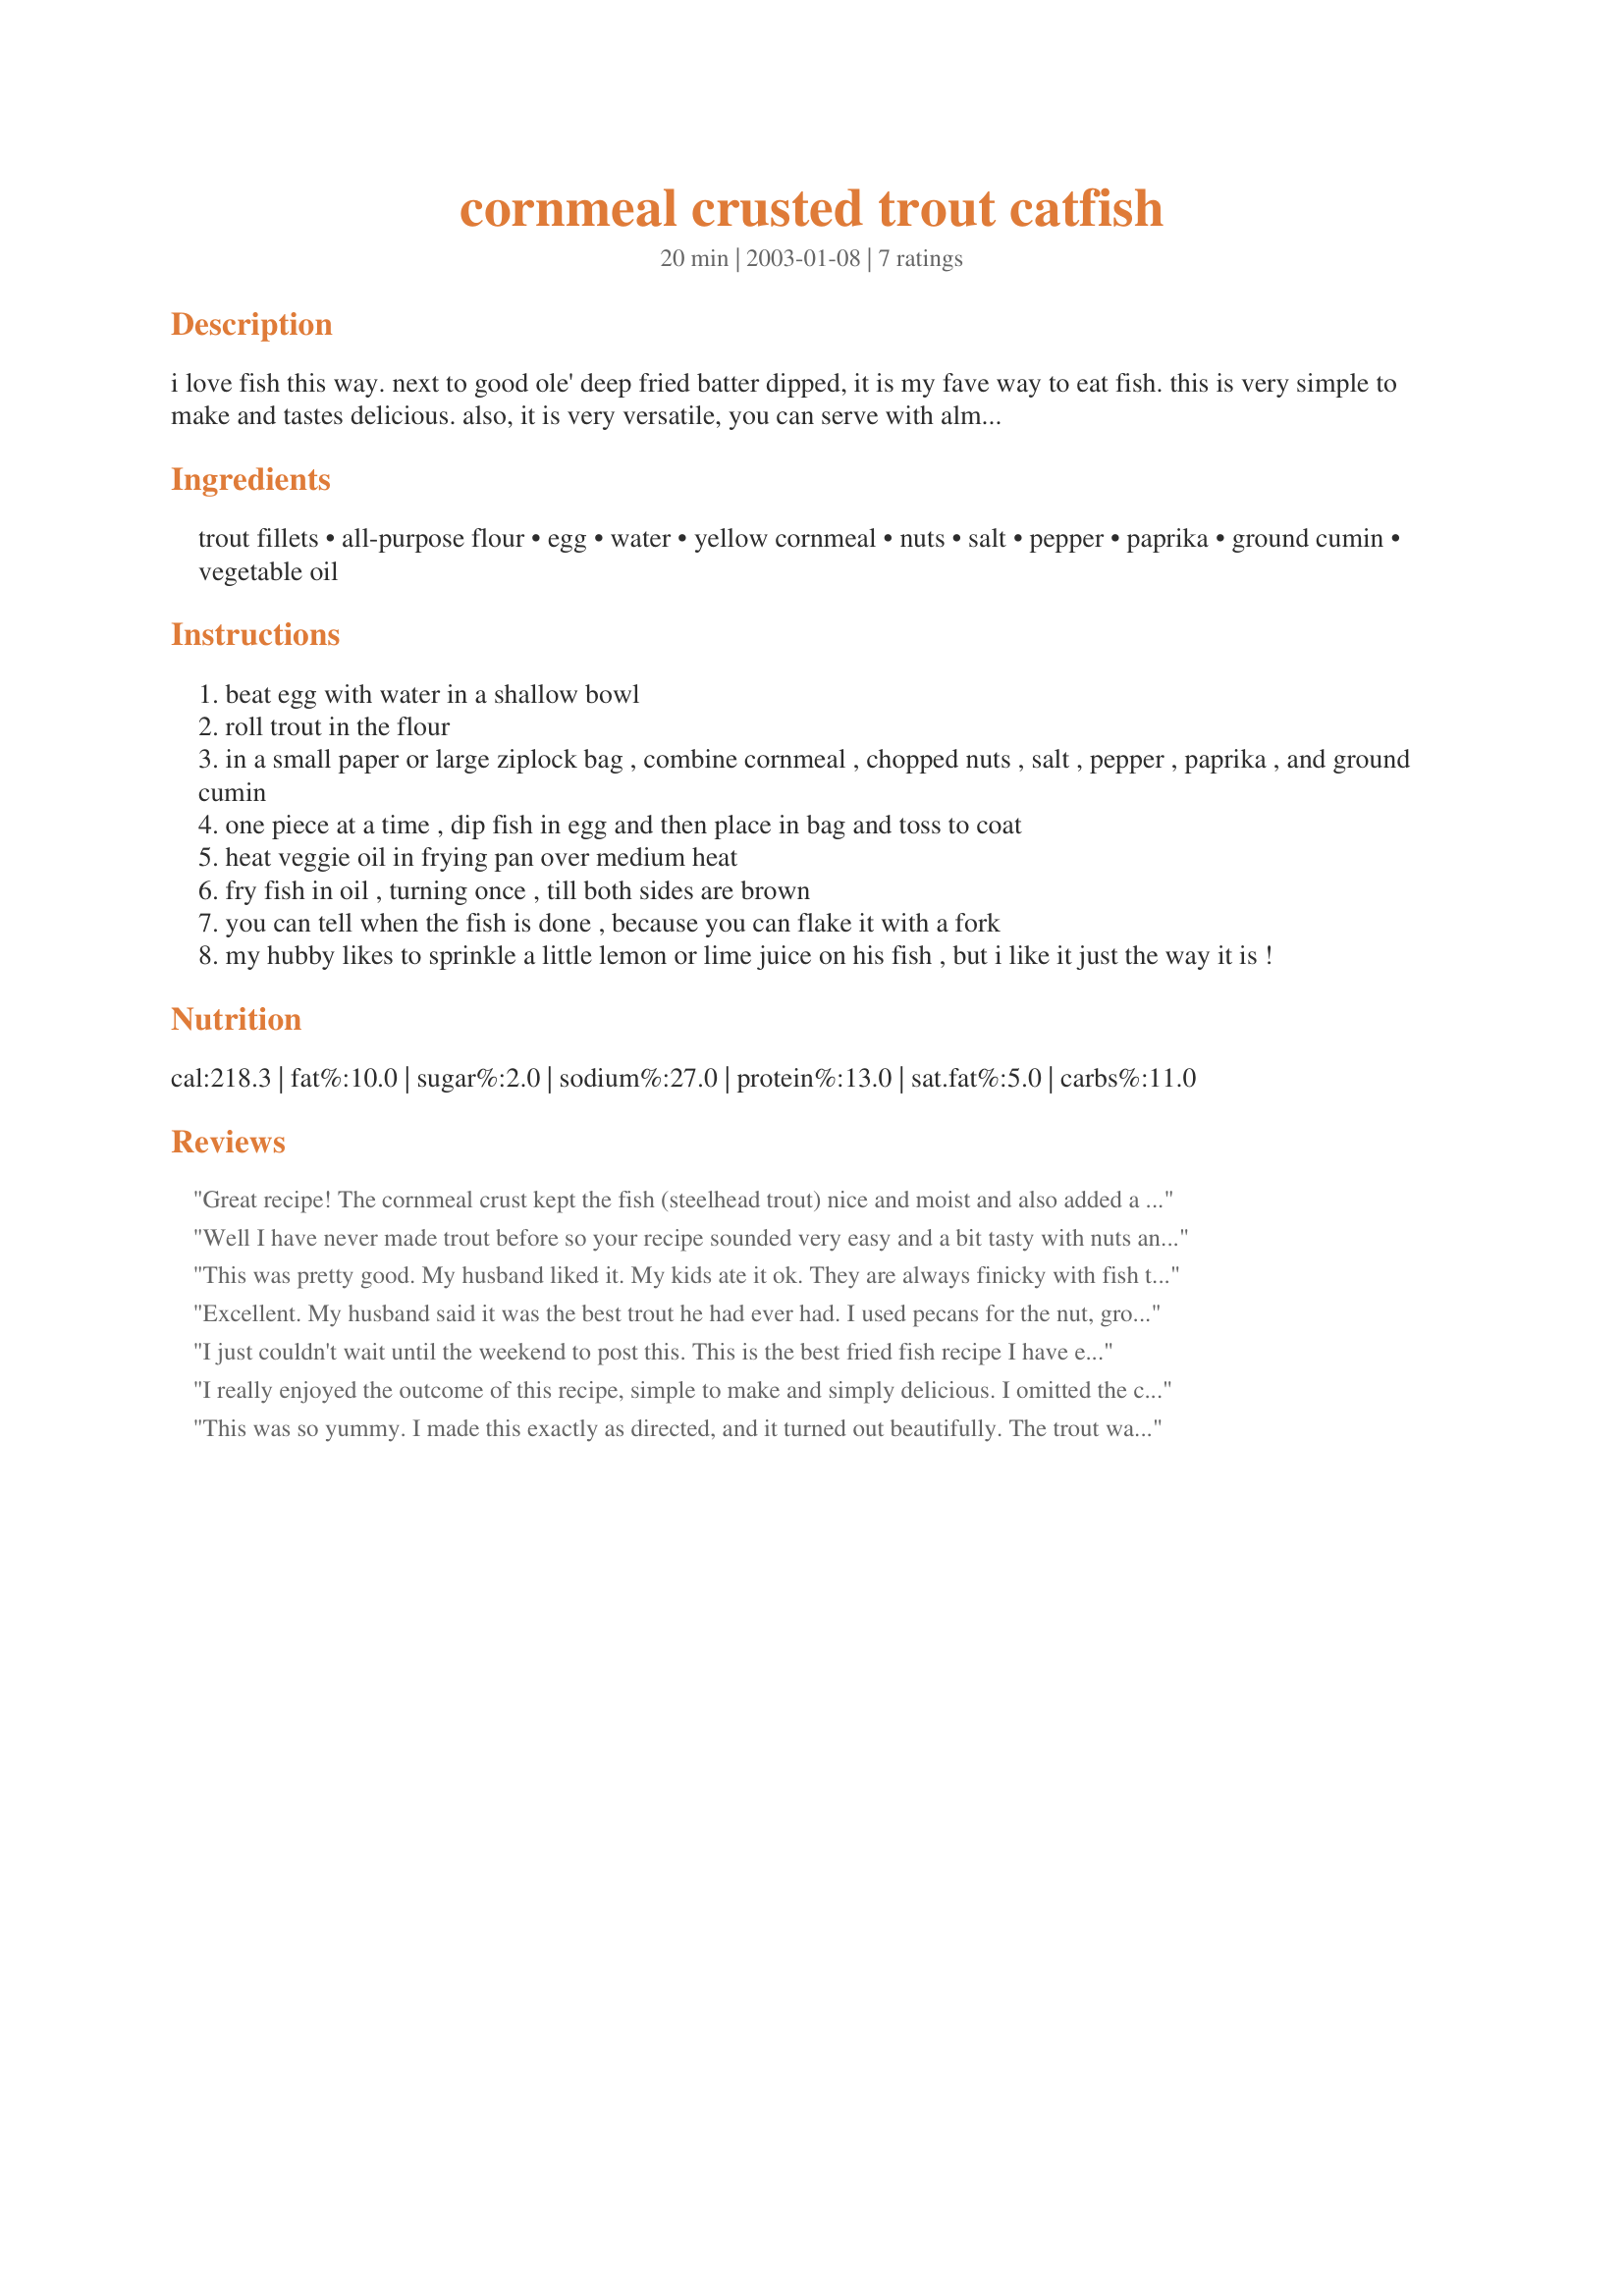
cornmeal crusted trout catfish
Preparation time: 20 minutes

i love fish this way. next to good ole' deep fried batter dipped, it is my fave way to eat fish. this is very simple to make and tastes delicious. also, it is very versatile, you can serve with almost anything: salad, rice, potatoes, beans, whatever suits you!

Ingredients:
trout fillets, all-purpose flour, egg, water, yellow cornmeal, nuts, salt, pepper, paprika, ground cumin, vegetable oil

Steps:
beat egg with water in a shallow bowl
roll trout in the flour
in a small paper or large ziplock bag , combine cornmeal , chopped nuts , salt , pepper , paprika , and ground cumin
one piece at a time , dip fish in egg and then place in bag and toss to coat
heat veggie oil in frying pan over medium heat
fry fish in oil , turning once , till both sides are brown
you can tell when the fish is done , because you can flake it with a fork
my hubby likes to sprinkle a little lemon or lime juice on his fish , but i like it just the way it is !

Reviews:
Great recipe! The cornmeal crust kept the fish (steelhead trout) nice and moist and also added a great crunch without being heavy or greasy. It was very easy to prepare, too; the only change I made was to substitute ground flax for the ground nuts, due to family allergies. Everyone loved it and all the kids (even the 2 yr old!) had seconds, raving about it between every bite. ("Better than chicken nuggets," oh my!! ;o) Even dh, a southern boy raised on deep-fried fish, loved it. I may keep a few ziplocs in the freezer with the dry ingredients already mixed up, just for quick dinners. I served it with Marie Alice's Creamy Lemon Rice (#76321) for a nice pairing. Thanks so much for another wonderful recipe!!
Well I have never made trout before so your recipe sounded very easy and a bit tasty with nuts and spices. Needless to say, it was a big success!!! The cafe boss ate a piece and said with such cooking I could open my own cafe, so I would like to say Thanks for a great recipe and for helping put another feather in my cap!!!
This was pretty good. My husband liked it. My kids ate it ok. They are always finicky with fish though. I think my fillets were a little thin so the batter was a little overpowering. But I will make it again with another type of fish. Thanks for sharing.
Excellent. My husband said it was the best trout he had ever had. I used pecans for the nut, ground medium fine. Used whole wheat flour in step 2. Used whole rainbow trout, cleaned but not filleted. For the oil, I used butter flavored Crisco...will definitely make again. Thank you for sharing such a tasty and simple way to dress up trout!
I just couldn't wait until the weekend to post this. This is the best fried fish recipe I have ever tried. I used catfish because that is what is readily available where I live. There is not a thing that I would change about this recipe. I recommend this to anyone who loves fish. I sure am glad I picked you for one of my chefs.
I really enjoyed the outcome of this recipe, simple to make and simply delicious. I omitted the cumin because I am not a cumin lover. The only other change I made was to fry the fish in olive oil and butter. I also like to squeeze fresh lemon juice over the top. The crust came out golden brown, crispy and light as air. I loved everything about it!
This was so yummy. I made this exactly as directed, and it turned out beautifully. The trout was moist and delicious (mine took more like 8 minutes total), the pecans added a wonderful crunch, and the lemon at the end added a nice zing. The only thing I would do differently is to shake off the excess cornmeal a bit more. It's just delicious as is. We had it with roasted potatoes and a green salad with pears, bleu cheese, pecans, and a light vinaigrette. Excellent - we'll be making this again. Great recipe, SlipC!
